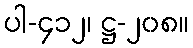
ပါ-၄၁၂၊ ဋ္ဌ-၂၀၈။